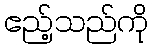
ဧည့်သည်ကို